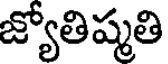
జ్యోతిష్మతి